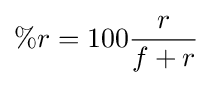
\%r=100{\frac {r}{f+r}}